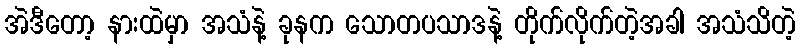
အဲဒီတော့ နားထဲမှာ အသံနဲ့ ခုနက သောတပသာဒနဲ့ တိုက်လိုက်တဲ့အခါ အသံသိတဲ့